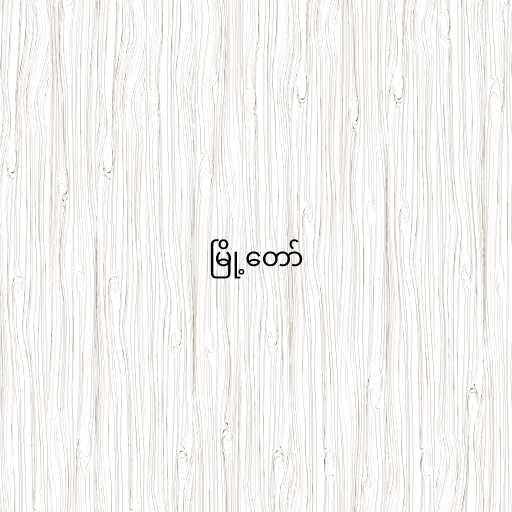
မြို့တော်